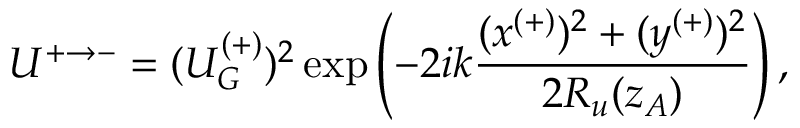
U ^ { + \rightarrow - } = ( U _ { G } ^ { ( + ) } ) ^ { 2 } \exp \left( - 2 i k \frac { ( x ^ { ( + ) } ) ^ { 2 } + ( y ^ { ( + ) } ) ^ { 2 } } { 2 R _ { u } ( z _ { A } ) } \right) ,